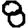
Digit: 8